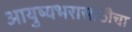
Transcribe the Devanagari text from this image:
आयुष्यभरासाठीचा